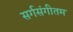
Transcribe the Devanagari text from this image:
सर्गसंगीतम